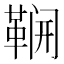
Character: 𮧛